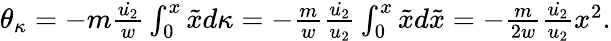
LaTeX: \begin{array}{r}{\theta_{\kappa}=-m\frac{\dot{u_{2}}}{w}\int_{0}^{x}\tilde{x}d\kappa=-\frac{m}{w}\frac{\dot{u_{2}}}{u_{2}}\int_{0}^{x}\tilde{x}d\tilde{x}=-\frac{m}{2w}\frac{\dot{u_{2}}}{u_{2}}x^{2}.}\end{array}